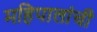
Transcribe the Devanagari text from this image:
महिपालांची